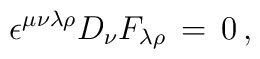
\epsilon^{\mu\nu\lambda\rho}D_\nu F_{\lambda\rho}\,=\,0\,,